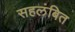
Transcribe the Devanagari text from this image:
सहलंबित